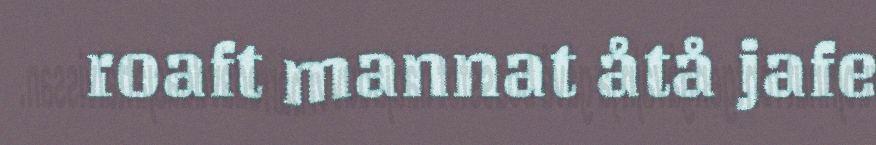
roaft mannat åtå jafe